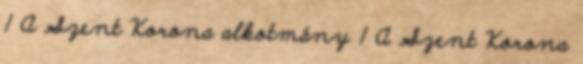
1 A Szent Korona alkotmány 1 A Szent Korona